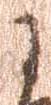
に